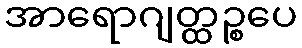
အာရောဂျတ္ထဉ္စပေ